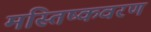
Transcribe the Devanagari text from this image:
मस्तिष्कवरण